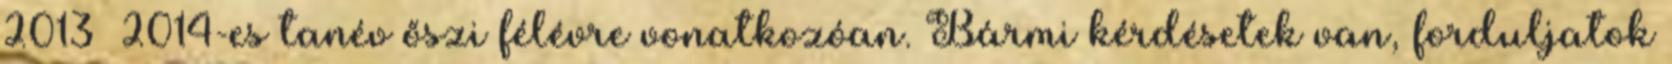
2013 2014-es tanév őszi félévre vonatkozóan. Bármi kérdésetek van, forduljatok